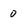
Character: 0